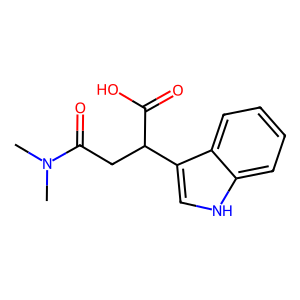
SMILES: CN(C)C(=O)CC(C(=O)O)c1c[nH]c2ccccc12
Inhibits HIV replication: No